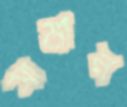
সামান